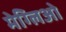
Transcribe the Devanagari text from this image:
मेग्लिओ